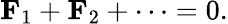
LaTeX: \mathbf{F}_{1}+\mathbf{F}_{2}+\cdots=0.